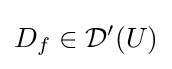
D_{f}\in {\mathcal {D}}'(U)